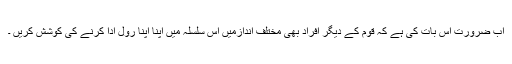
اب ضرورت اس بات کی ہے کہ قوم کے دیگر افراد بھی مختلف اندازمیں اس سلسلہ میں اپنا اپنا رول ادا کرنے کی کوشش کریں ۔